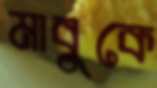
মাবুকে